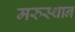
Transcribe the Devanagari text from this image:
मरुस्थान